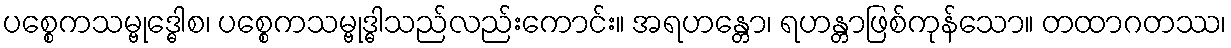
ပစ္စေကသမ္ဗုဒ္ဓေါစ၊ ပစ္စေကသမ္ဗုဒ္ဓါသည်လည်းကောင်း။ အရဟန္တော၊ ရဟန္တာဖြစ်ကုန်သော။ တထာဂတဿ၊